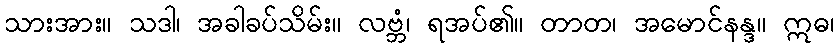
သားအား။ သဒါ၊ အခါခပ်သိမ်း။ လဗ္ဘံ၊ ရအပ်၏။ တာတ၊ အမောင်နန္ဒ။ ဣဓ၊